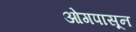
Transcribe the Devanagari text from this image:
ओगपासून